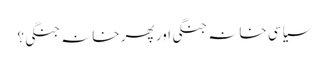
سیاسی خانہ جنگی اور پھر خانہ جنگی؟